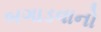
બગાડવાનો